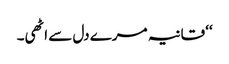
‘‘ قانیہ مرے دل سے اٹھی۔